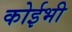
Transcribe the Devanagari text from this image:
कोईभी